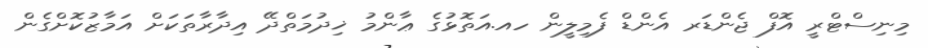
މިނިސްޓްރީ އޮފް ޖެންޑަރ އެންޑް ފެމިލީން ހއ.އަތޮޅުގެ ޢާންމު ޚިދުމަތްދޭ އިދާރާތަކަށް އަމާޒުކޮށްގެން